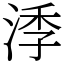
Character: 㳵